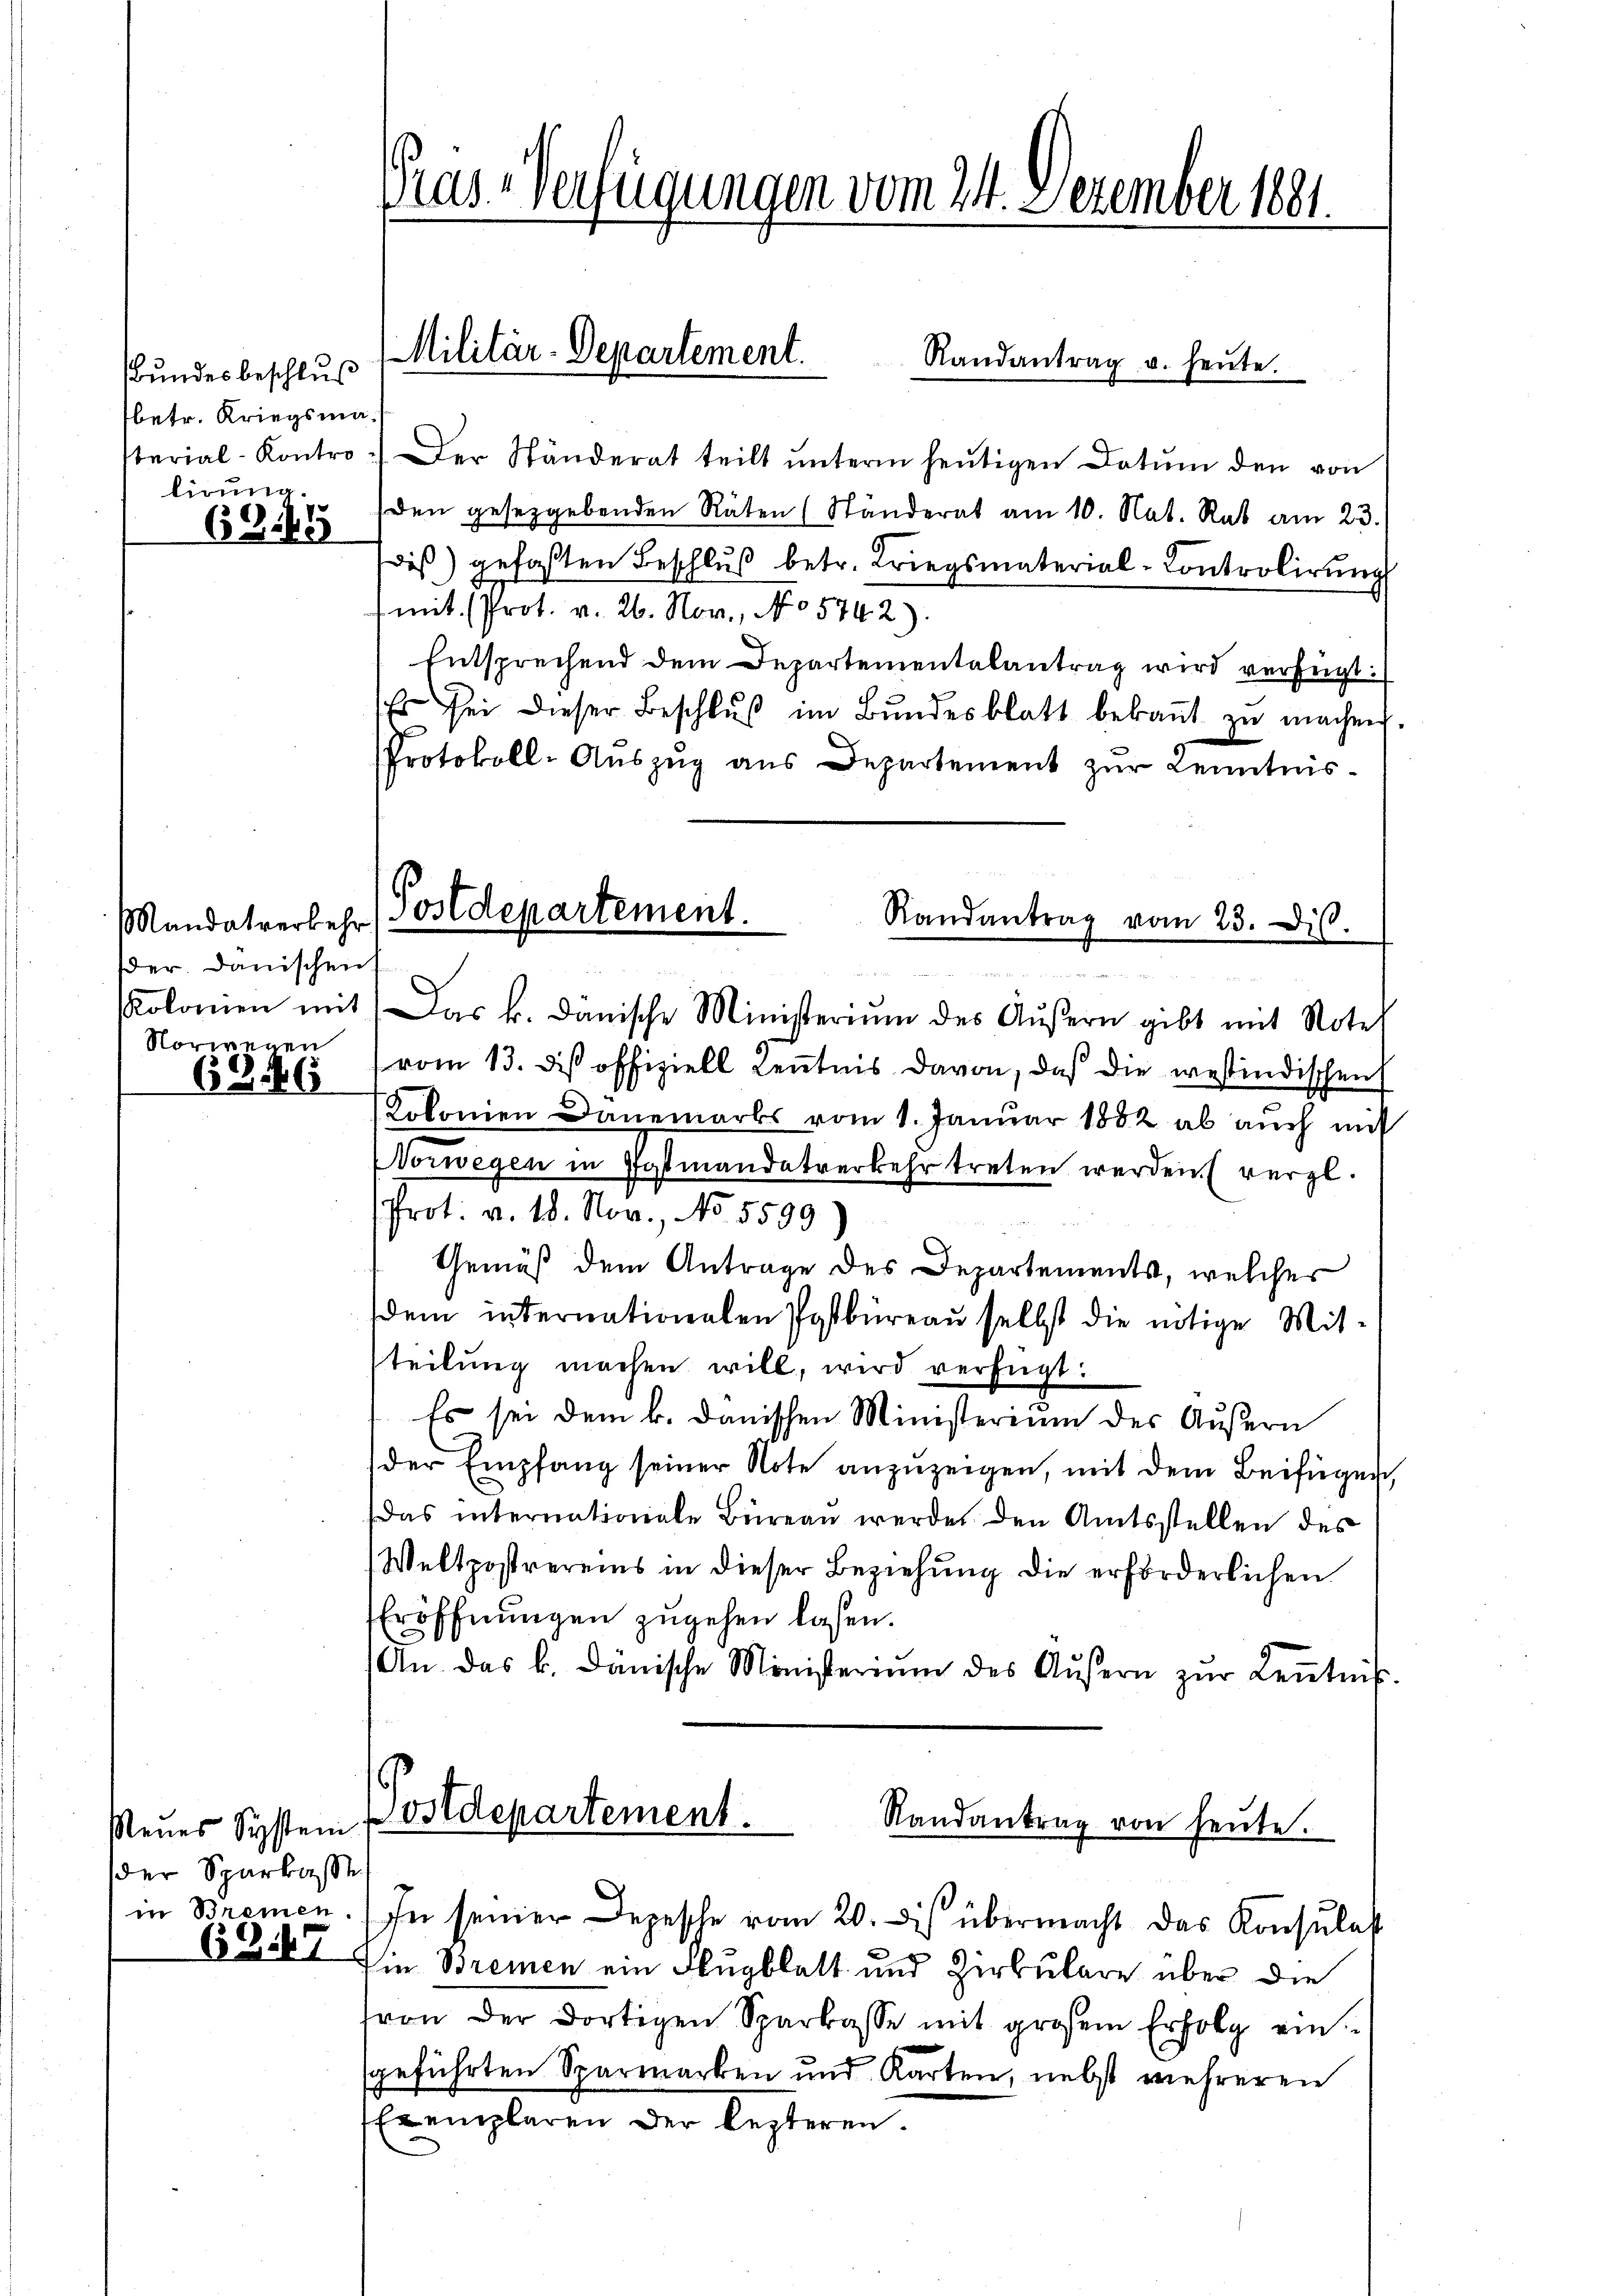
Bundesbeschluß
betr. Kriegsma¬
6Gi45

Mandatverkehr
der. Danischen.
Kolomen mit
Norienen
6346

Neues System
der Sparkaste
in Bremen.
6347

Randantrag u. heŭte.
sterial-Kontro Der Ständerat teilt ŭnterm heŭtigen Datum den von
lirŭng, den gesetzgebenden Räten (Ständerat am 10. Nat. Rat am 23.
dis) gefaßten Beschlŭβ betr. Kriegsmaterial-Controlirŭng
1 mit (Prot. v. 26. Nov., No 5742).
Entsprechend dem Departementalantrag wird verzeigt:
Es sei dieser Beschlŭβ im Bŭndesblatt bekaṅt zŭ machen
Protokoll-Aŭszŭg ans Departement zŭr Kenntnis-
Das k. danische Ministerium des Aŭβern gibt mit Notel
(vom 13. dis offiziell Kenntnis davon, daß die westindischen
Kolonien Danemarks vom 1. Januar 1882 ab aŭch mit
Vorwegen in Gasmandatverkehr treten werden vergl.
Prot. v. 18. Nov., No 5599
Gemäß dem Antrage des Departements, welcher
dem internationalen Postbüreau selbst die nötige Mit-
teilung machen will, wird verfügt:
Es sei dem k. Danischen Ministerium des Äußern
der Empfang seiner Note anzuzeigen, mit dem Beifügen
das internationale Büreau werde den Amtsstellen des
Weltpostrereins in dieser Beziehung die erforderlichen
Eröffnungen zugehen lassen.
An das b. dänische Ministeriŭm des Aŭsern zŭr Keṅtniβ
Postdepartement.
Randantrag von heute.

Pras-Verfügungen vom 24. Dezember 1881.

Militär-Departement.

Postdepartement.
Randantrag vom 23. Dist.
un
2

In seiner Depesche vom 20. Des übermacht das Konsulat
Ein Bremen ein Flugblatt und Zirkulare über die
von der dortigen Sparkasse mit großem Erfolg ein
sgeführten Sparmarken und Karten, nebst mehreren
Exemplaren der lezteren